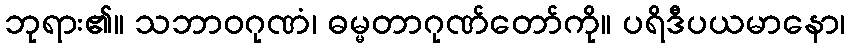
ဘုရား၏။ သဘာဝဂုဏံ၊ ဓမ္မတာဂုဏ်တော်ကို။ ပရိဒီပယမာနော၊